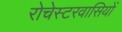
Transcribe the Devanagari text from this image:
रोचेस्टरवासियों